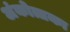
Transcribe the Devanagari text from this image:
अंकोत्तका